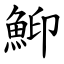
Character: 鮣